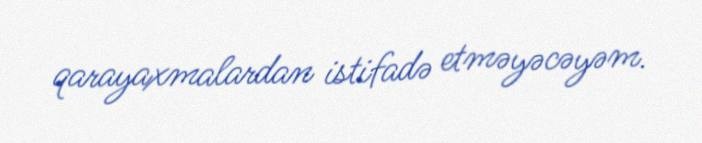
qarayaxmalardan istifadə etməyəcəyəm.